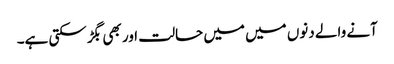
آنے والے دنوں میں میں حالت اور بھی بگڑ سکتی ہے۔